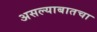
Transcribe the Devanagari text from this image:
असल्याबातचा